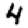
Digit: 4